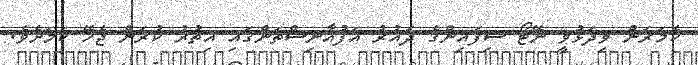
ކެމަރަން ވިިދަޅުވީ ނޭޓޯ ސިފައިންގެ ދައުރު އަފުޣާނިސްތަންގައި އިތުރު ކުރަން ޖެހޭ ކަމަށެވެ.